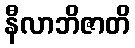
နီလာဘိဇာတိ